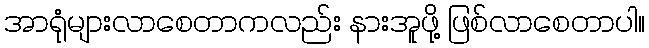
အာရုံများလာစေတာကလည်း နားအူဖို့ ဖြစ်လာစေတာပါ။